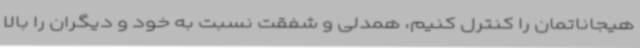
هیجاناتمان را کنترل کنیم، همدلی و شفقت نسبت به خود و دیگران را بالا